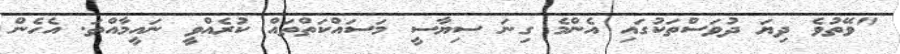
"ވޭތުވެ ދިޔަ ދުވަސްތަކުގައި އެންމެ ގިނަ ސިޔާސީ މަސައްކަތްތައް ކުރެއްވީ ނައީމާއްތަ. އެހެން